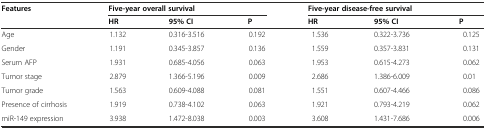
<table><thead><tr><td rowspan="2"><b>Features</b></td><td colspan="2"><b>Five-year overall survival</b></td><td></td><td colspan="2"><b>Five-year disease-free survival</b></td><td></td></tr><tr><td><b>HR</b></td><td><b>95% CI</b></td><td><b>P</b></td><td><b>HR</b></td><td><b>95% CI</b></td><td><b>P</b></td></tr></thead><tbody><tr><td>Age</td><td>1.132</td><td>0.316-3.516</td><td>0.192</td><td>1.536</td><td>0.322-3.736</td><td>0.125</td></tr><tr><td>Gender</td><td>1.191</td><td>0.345-3.857</td><td>0.136</td><td>1.559</td><td>0.357-3.831</td><td>0.131</td></tr><tr><td>Serum AFP</td><td>1.931</td><td>0.685-4.056</td><td>0.063</td><td>1.953</td><td>0.615-4.273</td><td>0.062</td></tr><tr><td>Tumor stage</td><td>2.879</td><td>1.366-5.196</td><td>0.009</td><td>2.686</td><td>1.386-6.009</td><td>0.01</td></tr><tr><td>Tumor grade</td><td>1.563</td><td>0.609-4.088</td><td>0.081</td><td>1.551</td><td>0.607-4.466</td><td>0.086</td></tr><tr><td>Presence of cirrhosis</td><td>1.919</td><td>0.738-4.102</td><td>0.063</td><td>1.921</td><td>0.793-4.219</td><td>0.062</td></tr><tr><td>miR-149 expression</td><td>3.938</td><td>1.472-8.038</td><td>0.003</td><td>3.608</td><td>1.431-7.686</td><td>0.006</td></tr></tbody></table>